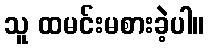
သူ ထမင်းမစားခဲ့ပါ။